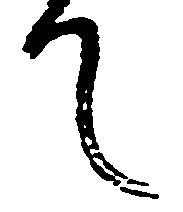
て